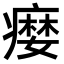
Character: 𤹴